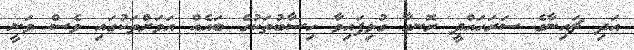
އަދި ޗައިނާގެ ސަރަހައްދީ ރޮނގާ ގުޅިފައިވާ ހިސާބުތަކުގެ ބައެއް އަވަށްތަކުގައި ވެސް ވަނީ